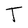
Character: T